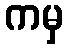
ကမှ